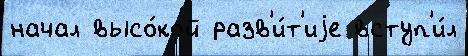
начал высо́кой разв'и́т'иjе вступ'и́л